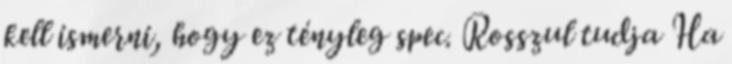
kell ismerni, hogy ez tényleg spec. Rosszul tudja Ha